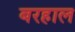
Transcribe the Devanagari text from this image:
बरहाल